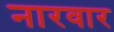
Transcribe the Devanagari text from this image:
नारवार